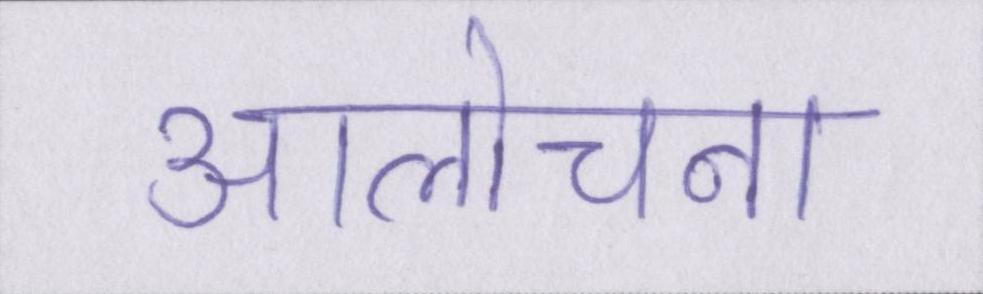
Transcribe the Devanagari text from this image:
आलोचना